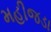
મહીજડા